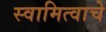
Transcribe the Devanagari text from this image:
स्वामित्वाचे